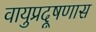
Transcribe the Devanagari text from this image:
वायुप्रदूषणास